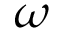
\omega